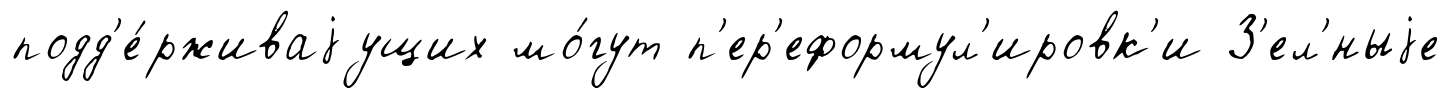
подд'е́рживаjущих мо́гут п'ер'еформул'ировк'и З'ел'́ныjе